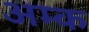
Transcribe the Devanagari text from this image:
अम्क